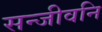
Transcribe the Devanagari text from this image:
सन्जीवनि